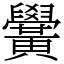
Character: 黌